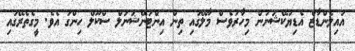
އައިލެންޑާޒް އެޑިޔުކޭޝަނުން މިހާރުވެސް މާލޭގައި ތިން އިންޓަނޭޝަނަލް ސްކޫލް ހިންގަ އެވެ. މީގެތެރޭގައި